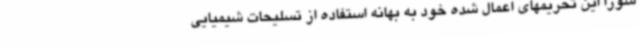
شورا این تحریمهای اعمال شده خود به بهانه استفاده از تسلیحات شیمیایی